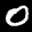
Label: 0